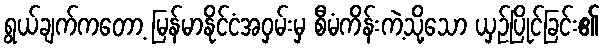
ရွယ်ချက်ကတော့ မြန်မာနိုင်ငံအဝှမ်းမှ စီမံကိန်းကဲ့သို့သော ယှဉ်ပြိုင်ခြင်း၏